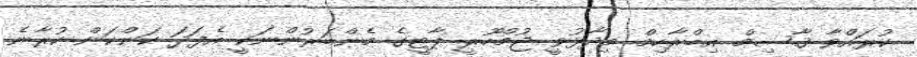
ކުރައްވާ ޤާސިމް އިބްރާހިމް ވިދާޅުވީ ޖުމްހޫރީ ޕާޓީގެ މެންބަރުންނަކީ އެފަދަ ކަންކަން ކުރާނެ